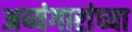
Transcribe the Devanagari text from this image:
अय्यंगारांच्या